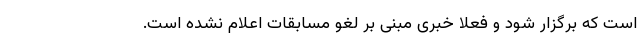
است که برگزار شود و فعلا خبری مبنی بر لغو مسابقات اعلام نشده است.